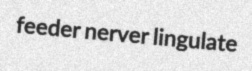
feeder nerver lingulate